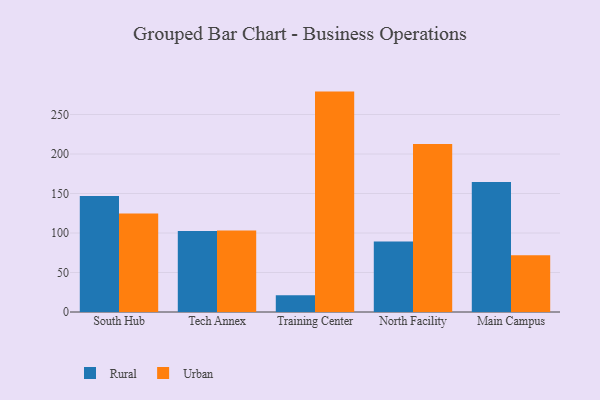
{"axis": {"x": "Campus", "y": "Customer Acquisition Cost (USD)"}, "legend": ["Rural", "Urban"], "data": [{"x": "South Hub", "y": 146.8, "type": "Rural"}, {"x": "South Hub", "y": 124.6, "type": "Urban"}, {"x": "Tech Annex", "y": 102.6, "type": "Rural"}, {"x": "Tech Annex", "y": 103.3, "type": "Urban"}, {"x": "Training Center", "y": 21.1, "type": "Rural"}, {"x": "Training Center", "y": 279.0, "type": "Urban"}, {"x": "North Facility", "y": 89.1, "type": "Rural"}, {"x": "North Facility", "y": 212.6, "type": "Urban"}, {"x": "Main Campus", "y": 164.7, "type": "Rural"}, {"x": "Main Campus", "y": 71.8, "type": "Urban"}]}